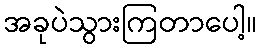
အခုပဲသွားကြတာပေါ့။